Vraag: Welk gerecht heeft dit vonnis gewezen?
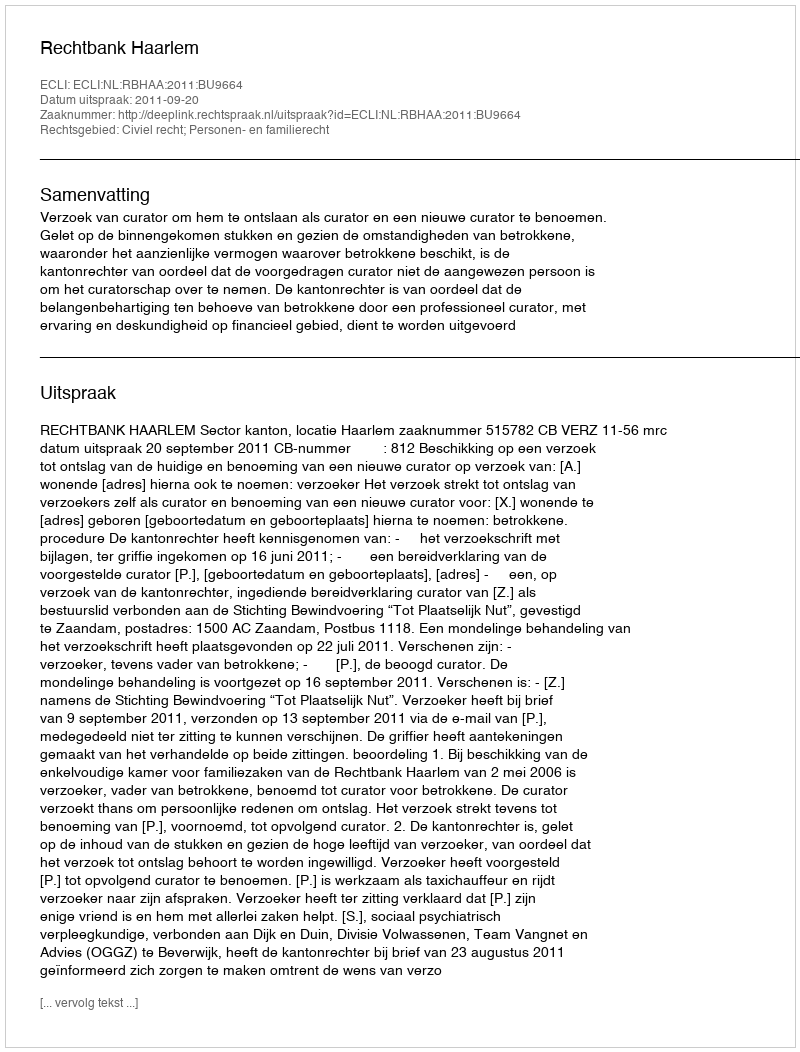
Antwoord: Rechtbank Haarlem